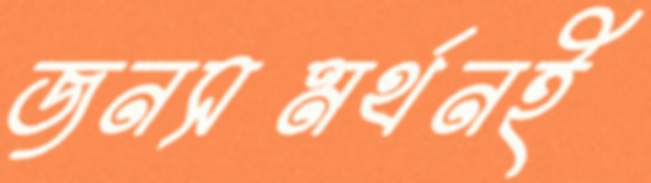
জনসমর্থনই